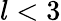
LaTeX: l<3